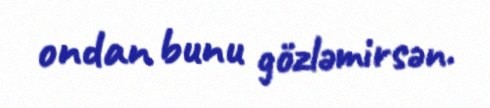
ondan bunu gözləmirsən.